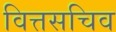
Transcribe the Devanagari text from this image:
वित्तसचिव